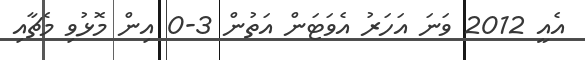
އެއީ 2012 ވަނަ އަހަރު އެވަޓަން އަތުން 3-0 އިން މޮޅުވި މެޗާއި